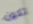
تكون